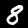
Label: 8